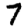
Digit: 7